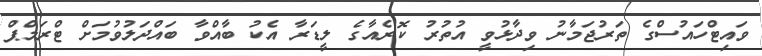
ވައިޓްހައުސްގެ ތަރުޖަމާނު ވިދާޅުވީ އުތުރު ކޮރެއާގެ ލީޑަރާ އެކު ބާއްވާ ބައްދަލުވުމަށް ޓްރަމްޕް